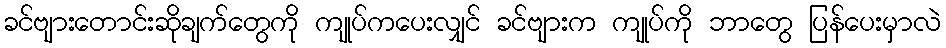
ခင်ဗျားတောင်းဆိုချက်တွေကို ကျုပ်ကပေးလျှင် ခင်ဗျားက ကျုပ်ကို ဘာတွေ ပြန်ပေးမှာလဲ